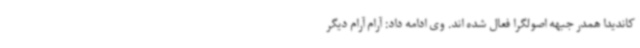
کاندیدا همدر جبهه اصولگرا فعال شده اند. وی ادامه داد: آرام آرام دیگر